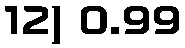
12) 0.99